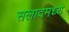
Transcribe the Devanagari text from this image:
सलादमध्ये